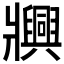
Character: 𬌐